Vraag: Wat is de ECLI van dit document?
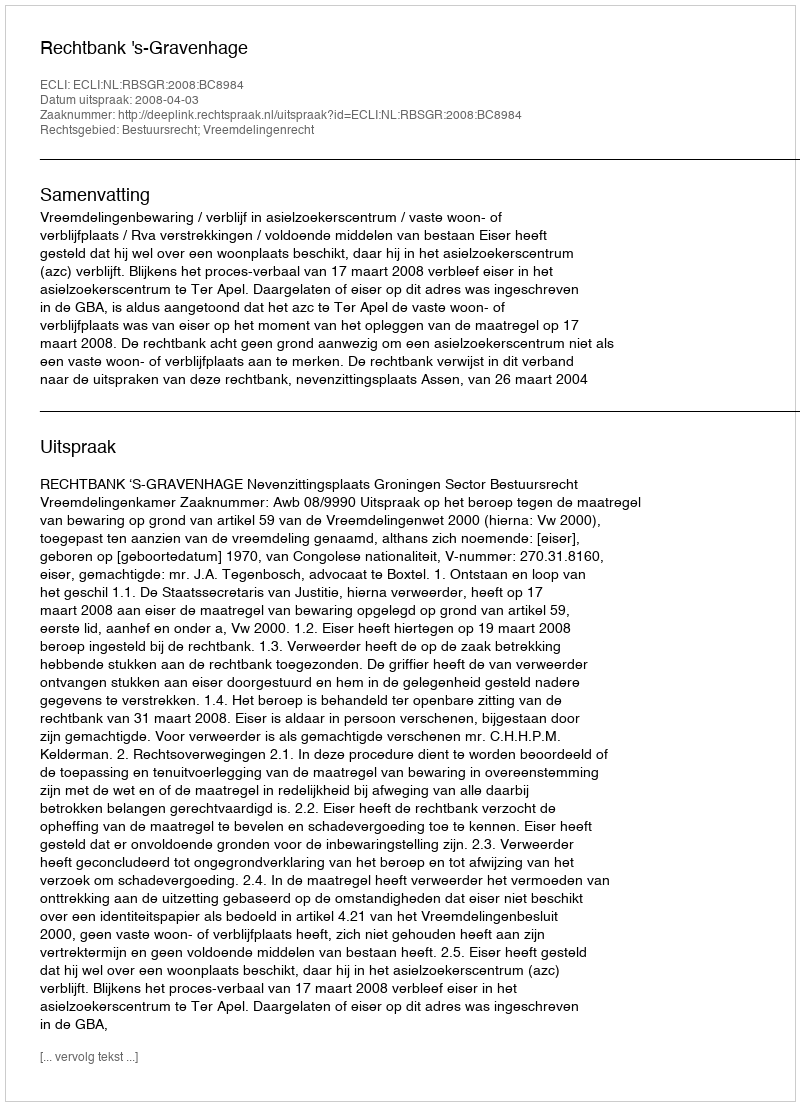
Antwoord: ECLI:NL:RBSGR:2008:BC8984